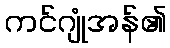
ကင်ဂျုံအန်၏